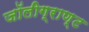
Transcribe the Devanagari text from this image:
जॉलीग्राण्ट